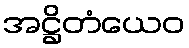
အဋ္ဌိတံယေဝ